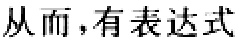
从而，有表达式